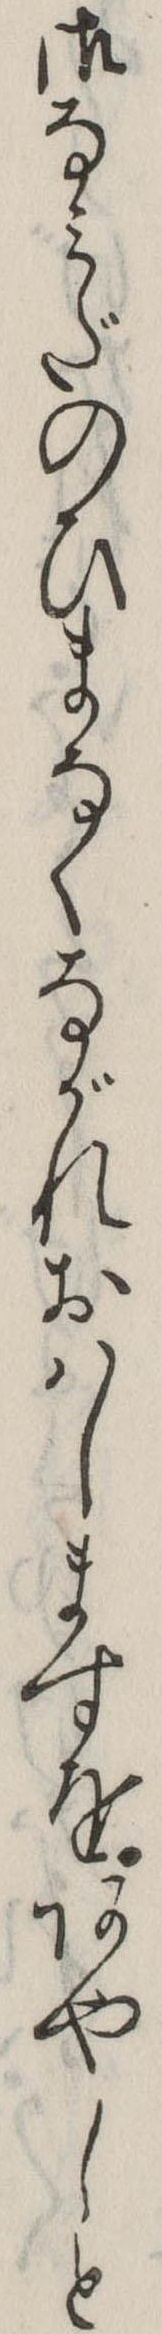
御なみだのひまなくながれおはしますをあやしと